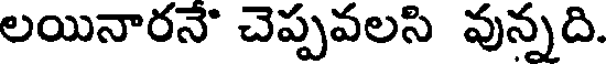
లయినారనే చెప్పవలసి వున్నది.